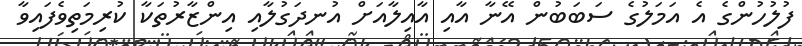
ފުލުހުންގެ އެ އަމަލުގެ ސަބަބުން އޭނާ އާއި އާއިލާއަށް އުނދަގުލާއި އިންޒާރުތަކާ ކުރިމަތިވެފައިވާ